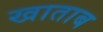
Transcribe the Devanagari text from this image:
खाताब